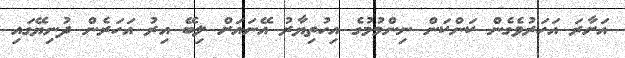
އަށާރަ އަހަރުވެގެން ކަންކަން ނިންމުމުގެ އިހުތިޔާރު އޭނައަށް ލިބޭ އިރު އަހަރެން ދުނިޔޭގައި